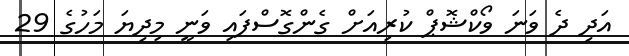
އަދި ދެ ވަނަ ވޯކްޝޮޕް ކުރިއަށް ގެންގޮސްފައި ވަނީ މިދިޔަ މަހުގެ 29